Insane asylums Bombay 1873-77 - 1873-1877
Year: 1873
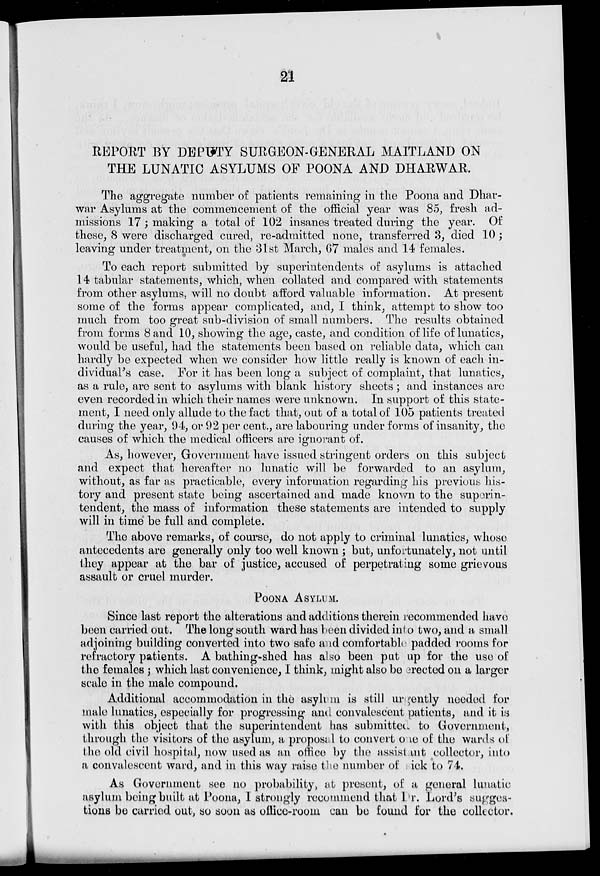
21
REPORT BY DEPUTY SURGEON-GENERAL MAITLAND ON
THE LUNATIC ASYLUMS OF POONA AND DHARWAR.
The aggregate number of patients remaining in the Poona and Dhar-
war Asylums at the commencement of the official year was 85, fresh ad-
missions 17; making a total of 102 insanes treated during the year. Of
these, 8 were discharged cured, re-admitted none, transferred 3, died 10;
leaving under treatment, on the 31st March, 67 males and 14 females.
To each report submitted by superintendents of asylums is attached
14 tabular statements, which, when collated and compared with statements
from other asylums, will no doubt afford valuable information. At present
some of the forms appear complicated, and, I think, attempt to show too
much from too great sub-division of small numbers. The results obtained
from forms 8 and 10, showing the age, caste, and condition of life of lunatics,
would be useful, had the statements been based on reliable data, which can
hardly be expected when we consider how little really is known of each in-
dividual's case. For it has been long a subject of complaint, that lunatics,
as a rule, are sent to asylums with blank history sheets ; and instances are
even recorded in which their names were unknown. In support of this state-
ment, I need only allude to the fact that, out of a total of 105 patients treated
during the year, 94, or 92 per cent., are labouring under forms of insanity, the
causes of which the medical officers are ignorant of.
As, however, Government have issued stringent orders on this subject
and expect that hereafter no lunatic will be forwarded to an asylum,
without, as far as practicable, every information regarding his previous his-
tory and present state being ascertained and made known to the superin-
tendent, the mass of information these statements are intended to supply
will in time be full and complete.
The above remarks, of course, do not apply to criminal lunatics, whose
antecedents are generally only too well known ; but, unfortunately, not until
they appear at the bar of justice, accused of perpetrating some grievous
assault or cruel murder.
POONA ASYLUM.
Since last report the alterations and additions therein recommended have
been carried out. The long south ward has been divided into two, and a small
adjoining building converted into two safe and comfortable padded rooms for
refractory patients. A bathing-shed has also been put up for the use of
the females ; which last convenience, I think, might also be erected on a larger
scale in the male compound.
Additional accommodation in the asylum is still urgently needed for
male lunatics, especially for progressing and convalescent patients, and it is
with this object that the superintendent has submitted to Government,
through the visitors of the asylum, a proposal to convert one of the wards of
the old civil hospital, now used as an office by the assistant collector, into
a convalescent ward, and in this way raise the number of sick to 74.
As Government see no probability, at present, of a general lunatic
asylum being built at Poona, I strongly recommend that Dr. Lord's sugges-
tions be carried out, so soon as office-room can be found for the collector.